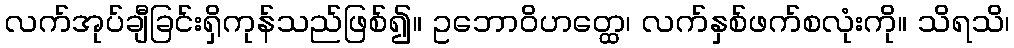
လက်အုပ်ချီခြင်းရှိကုန်သည်ဖြစ်၍။ ဥဘောဝိဟတ္ထေ၊ လက်နှစ်ဖက်စလုံးကို။ သိရသိ၊